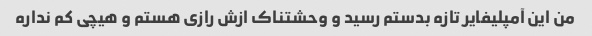
من این آمپلیفایر تازه بدستم رسید و وحشتناک ازش رازی هستم و هیچی کم نداره